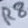
Text: R8